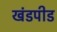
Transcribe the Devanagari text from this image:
खंडपीड